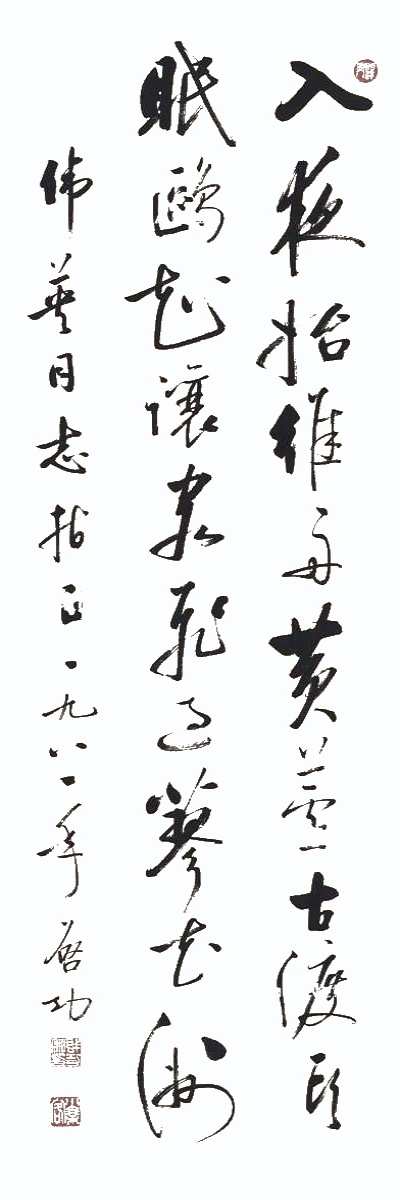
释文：入夜始维舟，黄芦古渡头。眠鸥知让客，飞过蓼花洲。伟英同志指正，一九八一年，启功。